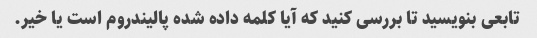
تابعی بنویسید تا بررسی کنید که آیا کلمه داده شده پالیندروم است یا خیر.